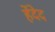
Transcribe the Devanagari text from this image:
हेंदेद